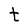
Character: t